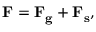
\begin{array} { r } { \mathbf { F } = \mathbf { F _ { g } } + \mathbf { F _ { s } } , } \end{array}